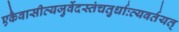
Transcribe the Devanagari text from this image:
एकैवासीत्यजुर्वेदस्तंचतुर्धाःव्यवर्तयत्